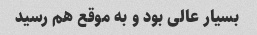
بسیار عالی بود و به موقع هم رسید